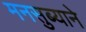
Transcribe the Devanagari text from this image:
मनसुब्याने